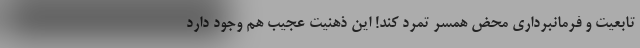
تابعیت و فرمانبرداری محض همسر تمرد کند! این ذهنیت عجیب هم وجود دارد